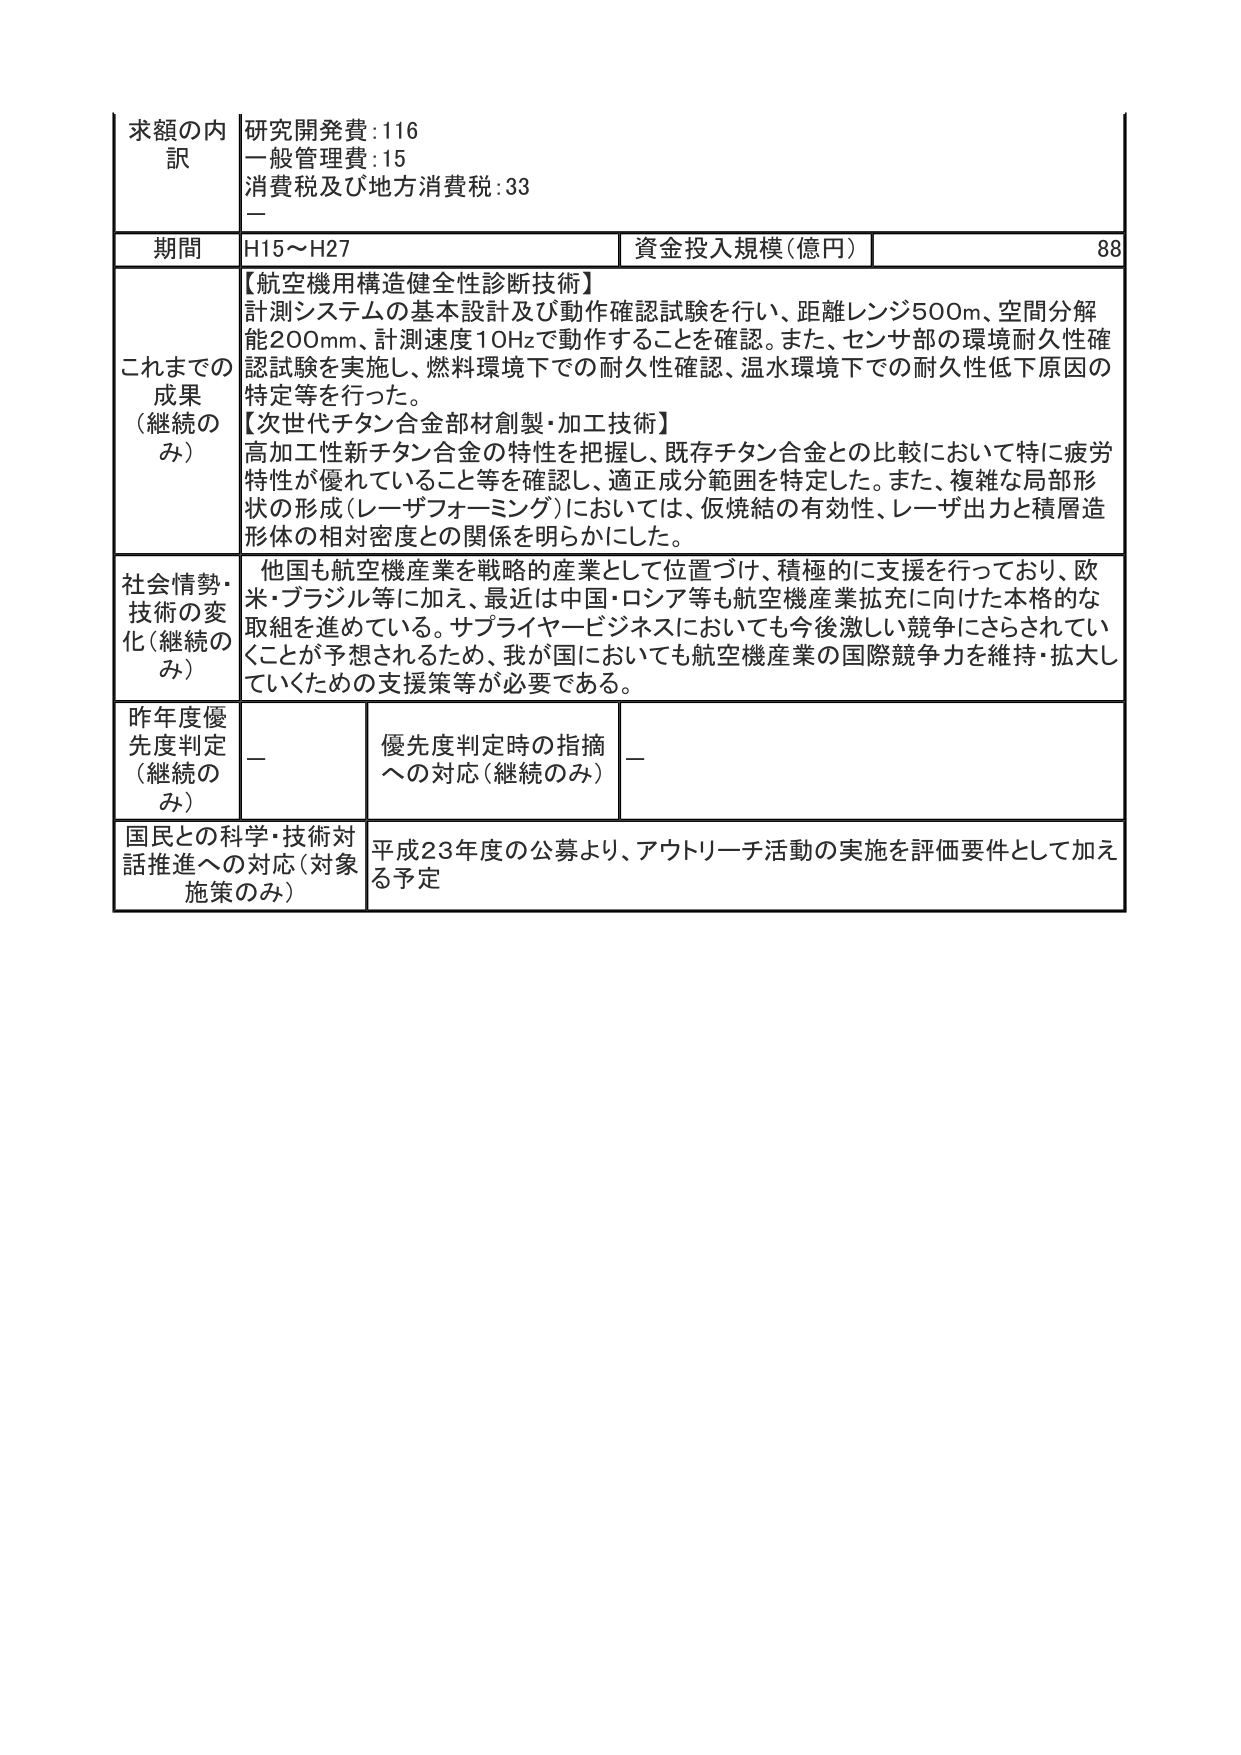
求額の内訳
研究開発費:116
一般管理費:15
消費税及び地方消費税:33
—

期間
H15～H27
資金投入規模(億円)
88

これまでの成果（継続のみ）
【航空機用構造健全性診断技術】
計測システムの基本設計及び動作確認試験を行い、距離レンジ500m、空間分解能200mm、計測速度10Hzで動作することを確認。また、センサ部の環境耐久性確認試験を実施し、燃料環境下での耐久性確認、温水環境下での耐久性低下原因の特定等を行った。
【次世代チタン合金部材創製・加工技術】
高加工性新チタン合金の特性を把握し、既存チタン合金との比較において特に疲労特性が優れていること等を確認し、適正成分範囲を特定した。また、複雑な局部形状の形成（レーザフォーミング）においては、仮焼結の有効性、レーザ出力と積層造形体の相対密度との関係を明らかにした。

社会情勢・技術の変化（継続のみ）
他国も航空機産業を戦略的産業として位置づけ、積極的に支援を行っており、欧米・ブラジル等に加え、最近は中国・ロシア等も航空機産業拡充に向けた本格的な取組を進めている。サプライヤービジネスにおいても今後激しい競争にさらされていくことが予想されるため、我が国においても航空機産業の国際競争力を維持・拡大していくための支援策等が必要である。

昨年度優先度判定（継続のみ）
—
優先度判定時の指摘への対応（継続のみ）
—

国民との科学・技術対話推進への対応（対象施策のみ）
平成23年度の公募より、アウトリーチ活動の実施を評価要件として加える予定